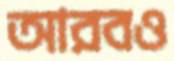
আরবও